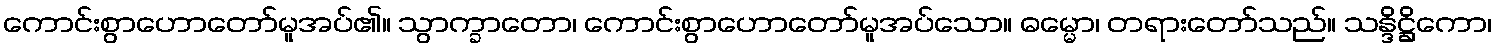
ကောင်းစွာဟောတော်မူအပ်၏။ သွာက္ခာတော၊ ကောင်းစွာဟောတော်မူအပ်သော။ ဓမ္မော၊ တရားတော်သည်။ သန္ဒိဋ္ဌိကော၊